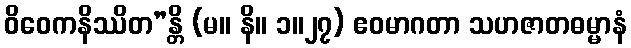
ဝိဝေကနိဿိတ”န္တိ (မ။ နိ။ ၁။၂၇) ဧဝမာဂတာ သဟဇာတဓမ္မာနံ